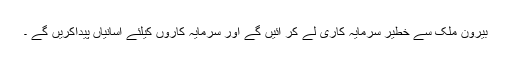
بیرون ملک سے خطیر سرمایہ کاری لے کر آئیں گے اور سرمایہ کاروں کیلئے آسانیاں پیداکریں گے ۔